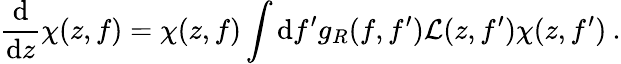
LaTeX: \frac{\mathrm{d}}{\mathrm{d}z}\chi(z,f)=\chi(z,f)\int\mathrm{d}f^{\prime}g_{R}(f,f^{\prime})\mathcal{L}(z,f^{\prime})\chi(z,f^{\prime})\: .